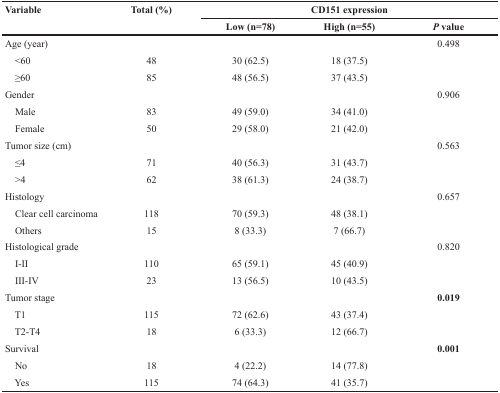
<table><thead><tr><td rowspan="2"><b>Variable</b></td><td rowspan="2"><b>Total (%)</b></td><td colspan="3"><b>CD151 expression</b></td></tr><tr><td><b>Low (n=78)</b></td><td><b>High (n=55)</b></td><td><b><i>P</i> value</b></td></tr></thead><tbody><tr><td>Age (year)</td><td></td><td></td><td></td><td>0.498</td></tr><tr><td> &lt;60</td><td>48</td><td>30 (62.5)</td><td>18 (37.5)</td><td></td></tr><tr><td> ≥60</td><td>85</td><td>48 (56.5)</td><td>37 (43.5)</td><td></td></tr><tr><td>Gender</td><td></td><td></td><td></td><td>0.906</td></tr><tr><td> Male</td><td>83</td><td>49 (59.0)</td><td>34 (41.0)</td><td></td></tr><tr><td> Female</td><td>50</td><td>29 (58.0)</td><td>21 (42.0)</td><td></td></tr><tr><td>Tumor size (cm)</td><td></td><td></td><td></td><td>0.563</td></tr><tr><td> ≤4</td><td>71</td><td>40 (56.3)</td><td>31 (43.7)</td><td></td></tr><tr><td> &gt;4</td><td>62</td><td>38 (61.3)</td><td>24 (38.7)</td><td></td></tr><tr><td>Histology</td><td></td><td></td><td></td><td>0.657</td></tr><tr><td> Clear cell carcinoma</td><td>118</td><td>70 (59.3)</td><td>48 (38.1)</td><td></td></tr><tr><td> Others</td><td>15</td><td>8 (33.3)</td><td>7 (66.7)</td><td></td></tr><tr><td>Histological grade</td><td></td><td></td><td></td><td>0.820</td></tr><tr><td> I-II</td><td>110</td><td>65 (59.1)</td><td>45 (40.9)</td><td></td></tr><tr><td> III-IV</td><td>23</td><td>13 (56.5)</td><td>10 (43.5)</td><td></td></tr><tr><td>Tumor stage</td><td></td><td></td><td></td><td><b>0.019</b></td></tr><tr><td> T1</td><td>115</td><td>72 (62.6)</td><td>43 (37.4)</td><td></td></tr><tr><td> T2-T4</td><td>18</td><td>6 (33.3)</td><td>12 (66.7)</td><td></td></tr><tr><td>Survival</td><td></td><td></td><td></td><td><b>0.001</b></td></tr><tr><td> No</td><td>18</td><td>4 (22.2)</td><td>14 (77.8)</td><td></td></tr><tr><td> Yes</td><td>115</td><td>74 (64.3)</td><td>41 (35.7)</td><td></td></tr></tbody></table>